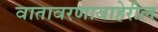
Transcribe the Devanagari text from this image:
वातावरणाबाहेरील